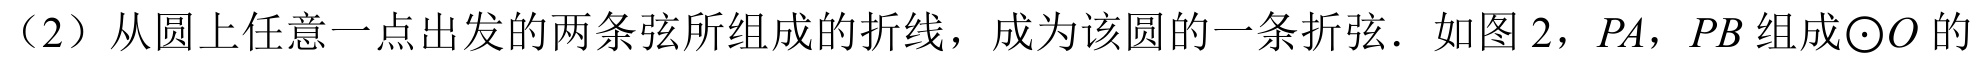
（2）从圆上任意一点出发的两条弦所组成的折线，成为该圆的一条折弦．如图 2，$PA$，$PB$ 组成$\odot O$ 的